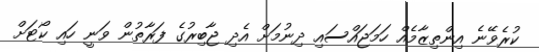
ކުރެވޭނެ އިންތިޒާމެއް ހަމަޖައްސައި ދިނުމަށް އެދި ޖާބިރުގެ ފަރާތުން ވަނީ ހައި ކޯޓަށް